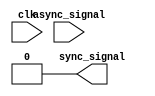
module synchronizer #(parameter WIDTH = 1) (
    input [WIDTH-1:0] async_signal,
    input clk,
    output [WIDTH-1:0] sync_signal
);
    // TODO: Create your 2 flip-flop synchronizer here
    // This module takes in a vector of WIDTH-bit asynchronous
    // (from different clock domain or not clocked, such as button press) signals
    // and should output a vector of WIDTH-bit synchronous signals
    // that are synchronized to the input clk

    // Remove this line once you create your synchronizer
    assign sync_signal = 0;
endmodule